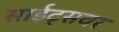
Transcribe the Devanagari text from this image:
साईट्सवर